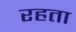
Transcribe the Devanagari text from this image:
रहता